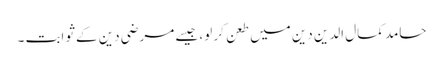
حامد کمال الدین دین میں طعن کر لو، جیسے مرضی دین کے ثوابت ۔